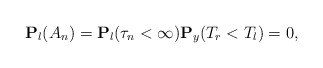
\begin{align*}\mathbf{P}_l(A_n)=\mathbf{P}_l(\tau_n<\infty)\mathbf{P}_y(T_r<T_l)=0,\end{align*}